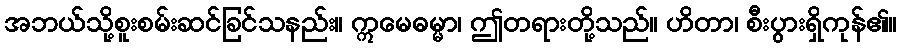
အဘယ်သို့စူးစမ်းဆင်ခြင်သနည်း။ ဣမေဓမ္မာ၊ ဤတရားတို့သည်။ ဟိတာ၊ စီးပွားရှိကုန်၏။